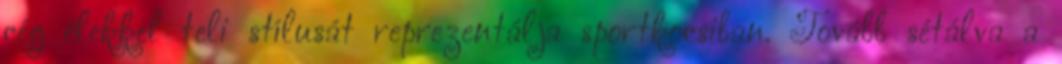
cég élekkel teli stílusát reprezentálja sportkocsiban. Tovább sétálva a